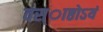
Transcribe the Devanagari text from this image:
वस्ाष्ठोऽयं